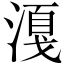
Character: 𣼸